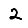
Digit: 2